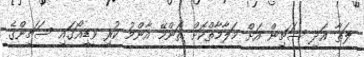
ލަތާ އަދި ސަޗިން އަށް މަލާމާތްކޮށް ތަންމޭ އާންމު ކުރި ވީޑިއޯގައި ސަޗިންގެ